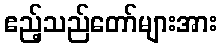
ဧည့်သည်တော်များအား